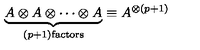
\underbrace { A \otimes A \otimes \cdots \otimes A } _ { ( p + 1 ) \mathrm { f a c t o r s } } \equiv A ^ { \otimes ( p + 1 ) }